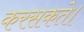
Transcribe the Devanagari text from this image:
करसकते।